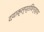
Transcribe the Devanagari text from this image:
दयाक्लृप्तविग्रहाय